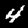
Label: 4